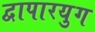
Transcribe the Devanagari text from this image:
द्वापारयुग